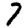
Digit: 7